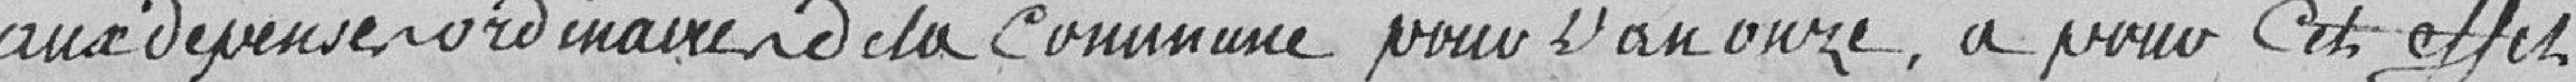
aux dépenses ordinaires de la commune pour l'an onze, a pour cet effet